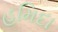
હમિદા